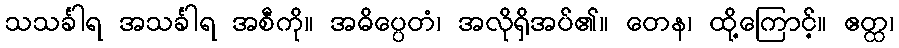
သသင်္ခါရ အသင်္ခါရ အစီကို။ အဓိပ္ပေတံ၊ အလိုရှိအပ်၏။ တေန၊ ထို့ကြောင့်။ ဧတ္ထ၊